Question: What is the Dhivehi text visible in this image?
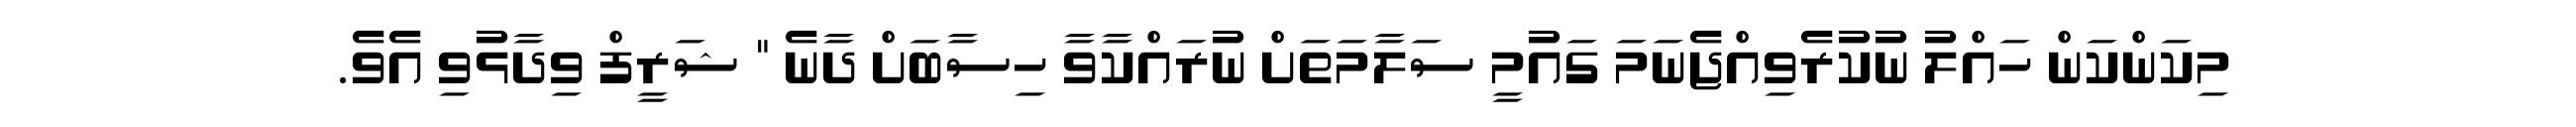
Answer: މިކަންކަން ހައްލު ނުކުރެވިއްޖެނަމަ ގައުމީ ސަލާމަތަށް ނުރައްކާވާ ހިސާބަށް ދާނެ " ޝަރީފް ވިދާޅުވި އެވެ.